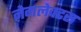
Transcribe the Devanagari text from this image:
नेगलेक्टस